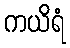
ကယိရံ